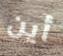
أين